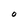
Character: O